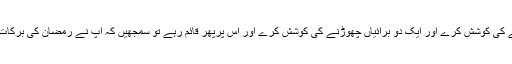
تو اگر ہر شخص ایک دو نیکیاں اختیار کرنے کی کوشش کرے اور ایک دو برائیاں چھوڑنے کی کوشش کرے اور اس پرپھر قائم رہے تو سمجھیں کہ آپ نے رمضان کی برکات سے ایک بہت بڑی برکت سے فائدہ اٹھا لیا۔